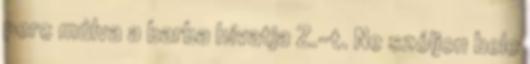
perc múlva a barba hívatja Z.-t. Ne szóljon bele